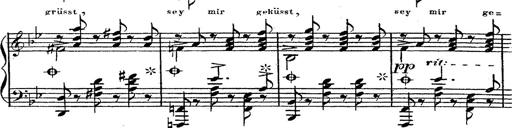
Title: 12 Lieder von Franz Schubert
Composer: Franz Liszt